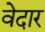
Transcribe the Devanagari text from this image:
वेदार